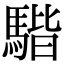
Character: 𩤠